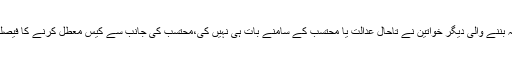
متن کے مطابق میشا شفیع یا ہراسانی کا نشانہ بننے والی دیگر خواتین نے تاحال عدالت یا محتسب کے سامنے بات ہی نہیں کی،محتسب کی جانب سے کیس معطل کرنے کا فیصلہ لاہور ہائیکورٹ میں چیلنج کیا جا چکا ہے۔